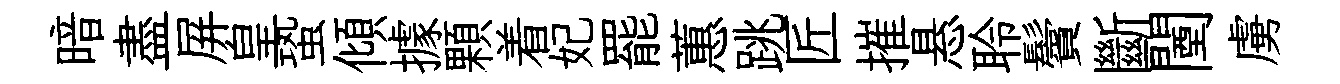
暗盡屏皇蛩傾據顆着妃罷蕙跳匠摧悬聆鬢斷闉虜